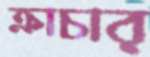
ক্রাচার